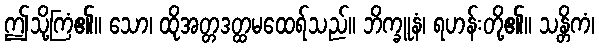
ဤသို့ကြံ၏။ သော၊ ထိုအတ္တဒတ္ထမထေရ်သည်။ ဘိက္ခူနံ၊ ရဟန်းတို့၏။ သန္တိကံ၊